Rangoon Lunatic Asylum 1893-1897 - 1893-1897
Year: 1893
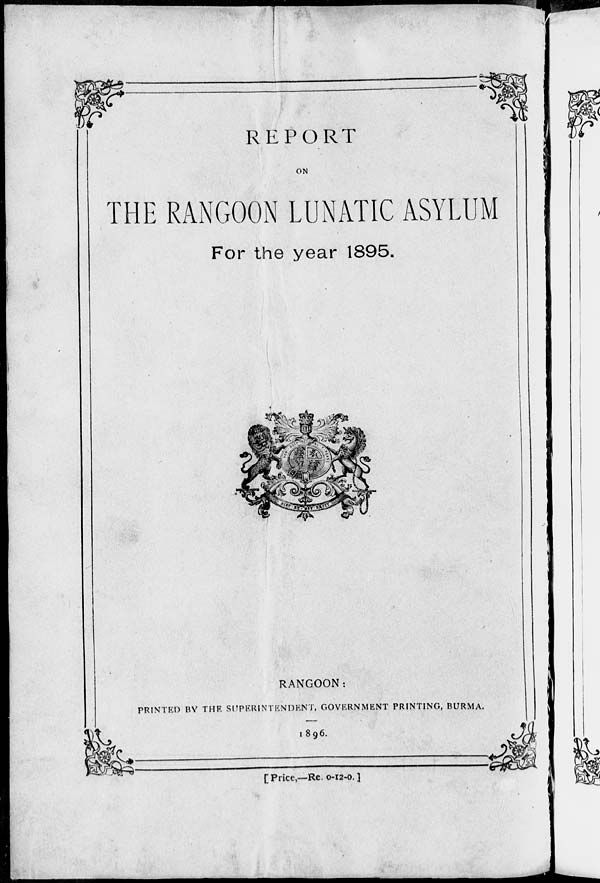
REPORT
ON
THE RANGOON LUNATIC ASYLUM
For the year 1895.
RANGOON:
PRINTED BY THE SUPERINTENDENT, GOVERNMENT PRINTING, BURMA.
1896.
[Price,—Re. 0-12-0.]